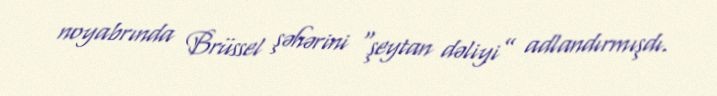
noyabrında Brüssel şəhərini “şeytan dəliyi” adlandırmışdı.